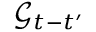
\mathcal { G } _ { t - t ^ { \prime } }